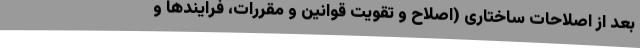
بعد از اصلاحات ساختاری (اصلاح و تقویت قوانین و مقررات، فرایندها و